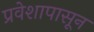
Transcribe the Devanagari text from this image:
प्रवेशापासून